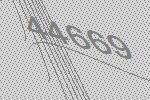
44669